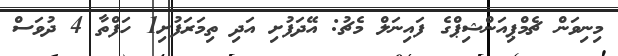
މިނިވަން ޗެމްޕިއަންޝިޕްގެ ފައިނަލް މެޗު: އޭދަފުށި އަދި ތިމަރަފުށި1 ހަފްތާ 4 ދުވަސް